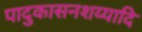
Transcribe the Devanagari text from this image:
पादुकासनशय्यादि